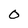
Character: 0